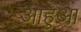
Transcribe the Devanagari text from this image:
आहुआ